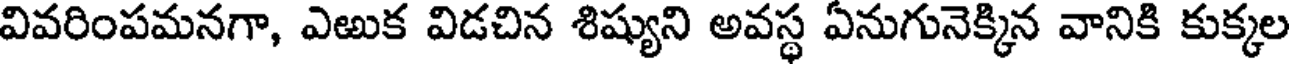
వివరింపమనగా, ఎఱుక విడచిన శిష్యుని అవస్థ ఏనుగునెక్కిన వానికి కుక్కల